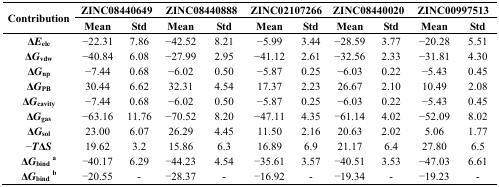
<table><thead><tr><td rowspan="3"><b>Contribution</b></td><td colspan="2"><b>ZINC08440649</b></td><td colspan="2"><b>ZINC08440888</b></td><td colspan="2"><b>ZINC02107266</b></td><td colspan="2"><b>ZINC08440020</b></td><td colspan="2"><b>ZINC00997513</b></td></tr><tr><td><b>Mean</b></td><td><b>Std</b></td><td><b>Mean</b></td><td><b>Std</b></td><td><b>Mean</b></td><td><b>Std</b></td><td><b>Mean</b></td><td><b>Std</b></td><td><b>Mean</b></td><td><b>Std</b></td></tr></thead><tbody><tr><td><b>Δ</b><b><i>E</i></b><b><sub>ele</sub></b></td><td>−22.31</td><td>7.86</td><td>−42.52</td><td>8.21</td><td>−5.99</td><td>3.44</td><td>−28.59</td><td>3.77</td><td>−20.28</td><td>5.51</td></tr><tr><td><b>Δ</b><b><i>G</i></b><b><sub>vdw</sub></b></td><td>−40.84</td><td>6.08</td><td>−27.99</td><td>2.95</td><td>−41.12</td><td>2.61</td><td>−32.56</td><td>2.33</td><td>−31.81</td><td>4.30</td></tr><tr><td><b>Δ</b><b><i>G</i></b><b><sub>np</sub></b></td><td>−7.44</td><td>0.68</td><td>−6.02</td><td>0.50</td><td>−5.87</td><td>0.25</td><td>−6.03</td><td>0.22</td><td>−5.43</td><td>0.45</td></tr><tr><td><b>Δ</b><b><i>G</i></b><b><sub>PB</sub></b></td><td>30.44</td><td>6.62</td><td>32.31</td><td>4.54</td><td>17.37</td><td>2.23</td><td>26.67</td><td>2.10</td><td>10.49</td><td>2.08</td></tr><tr><td><b>Δ</b><b><i>G</i></b><b><sub>cavity</sub></b></td><td>−7.44</td><td>0.68</td><td>−6.02</td><td>0.50</td><td>−5.87</td><td>0.25</td><td>−6.03</td><td>0.22</td><td>−5.43</td><td>0.45</td></tr><tr><td><b>Δ</b><b><i>G</i></b><b><sub>gas</sub></b></td><td>−63.16</td><td>11.76</td><td>−70.52</td><td>8.20</td><td>−47.11</td><td>4.35</td><td>−61.14</td><td>4.02</td><td>−52.09</td><td>8.02</td></tr><tr><td><b>Δ</b><b><i>G</i></b><b><sub>sol</sub></b></td><td>23.00</td><td>6.07</td><td>26.29</td><td>4.45</td><td>11.50</td><td>2.16</td><td>20.63</td><td>2.02</td><td>5.06</td><td>1.77</td></tr><tr><td>−<b><i>T</i></b><b>Δ</b><b><i>S</i></b></td><td>19.62</td><td>3.2</td><td>15.86</td><td>6.3</td><td>16.89</td><td>6.9</td><td>21.17</td><td>6.4</td><td>27.80</td><td>6.5</td></tr><tr><td><b>Δ</b><b><i>G</i></b><b><sub>bind a</sub></b></td><td>−40.17</td><td>6.29</td><td>−44.23</td><td>4.54</td><td>−35.61</td><td>3.57</td><td>−40.51</td><td>3.53</td><td>−47.03</td><td>6.61</td></tr><tr><td><b>Δ</b><b><i>G</i></b><b><sub>bind b</sub></b></td><td>−20.55</td><td>-</td><td>−28.37</td><td>-</td><td>−16.92</td><td>-</td><td>−19.34</td><td>-</td><td>−19.23</td><td>-</td></tr></tbody></table>